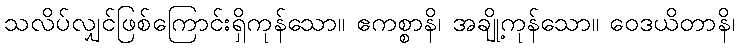
သလိပ်လျှင်ဖြစ်ကြောင်းရှိကုန်သော။ ဧကစ္စာနိ၊ အချို့ကုန်သော။ ဝေဒယိတာနိ၊